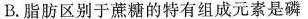
B.脂肪区别于蔗糖的特有组成元素是磷